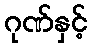
ဂုဏ်နှင့်